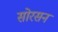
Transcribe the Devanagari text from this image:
सोरसन